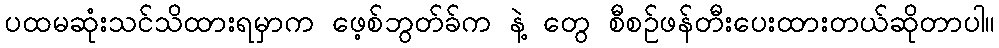
ပထမဆုံးသင်သိထားရမှာက ဖေ့စ်ဘွတ်ခ်က နဲ့ တွေ စီစဉ်ဖန်တီးပေးထားတယ်ဆိုတာပါ။